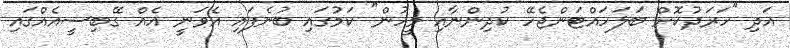
އަދި "ހަރަދުކޮށް ބަލަހައްޓަންޖެހޭ ކުދިންނާއި މީހުން" ކަމުގައި ބުނެފައި އެވަނީ އެއް ގޭބިސީއެއްގައި